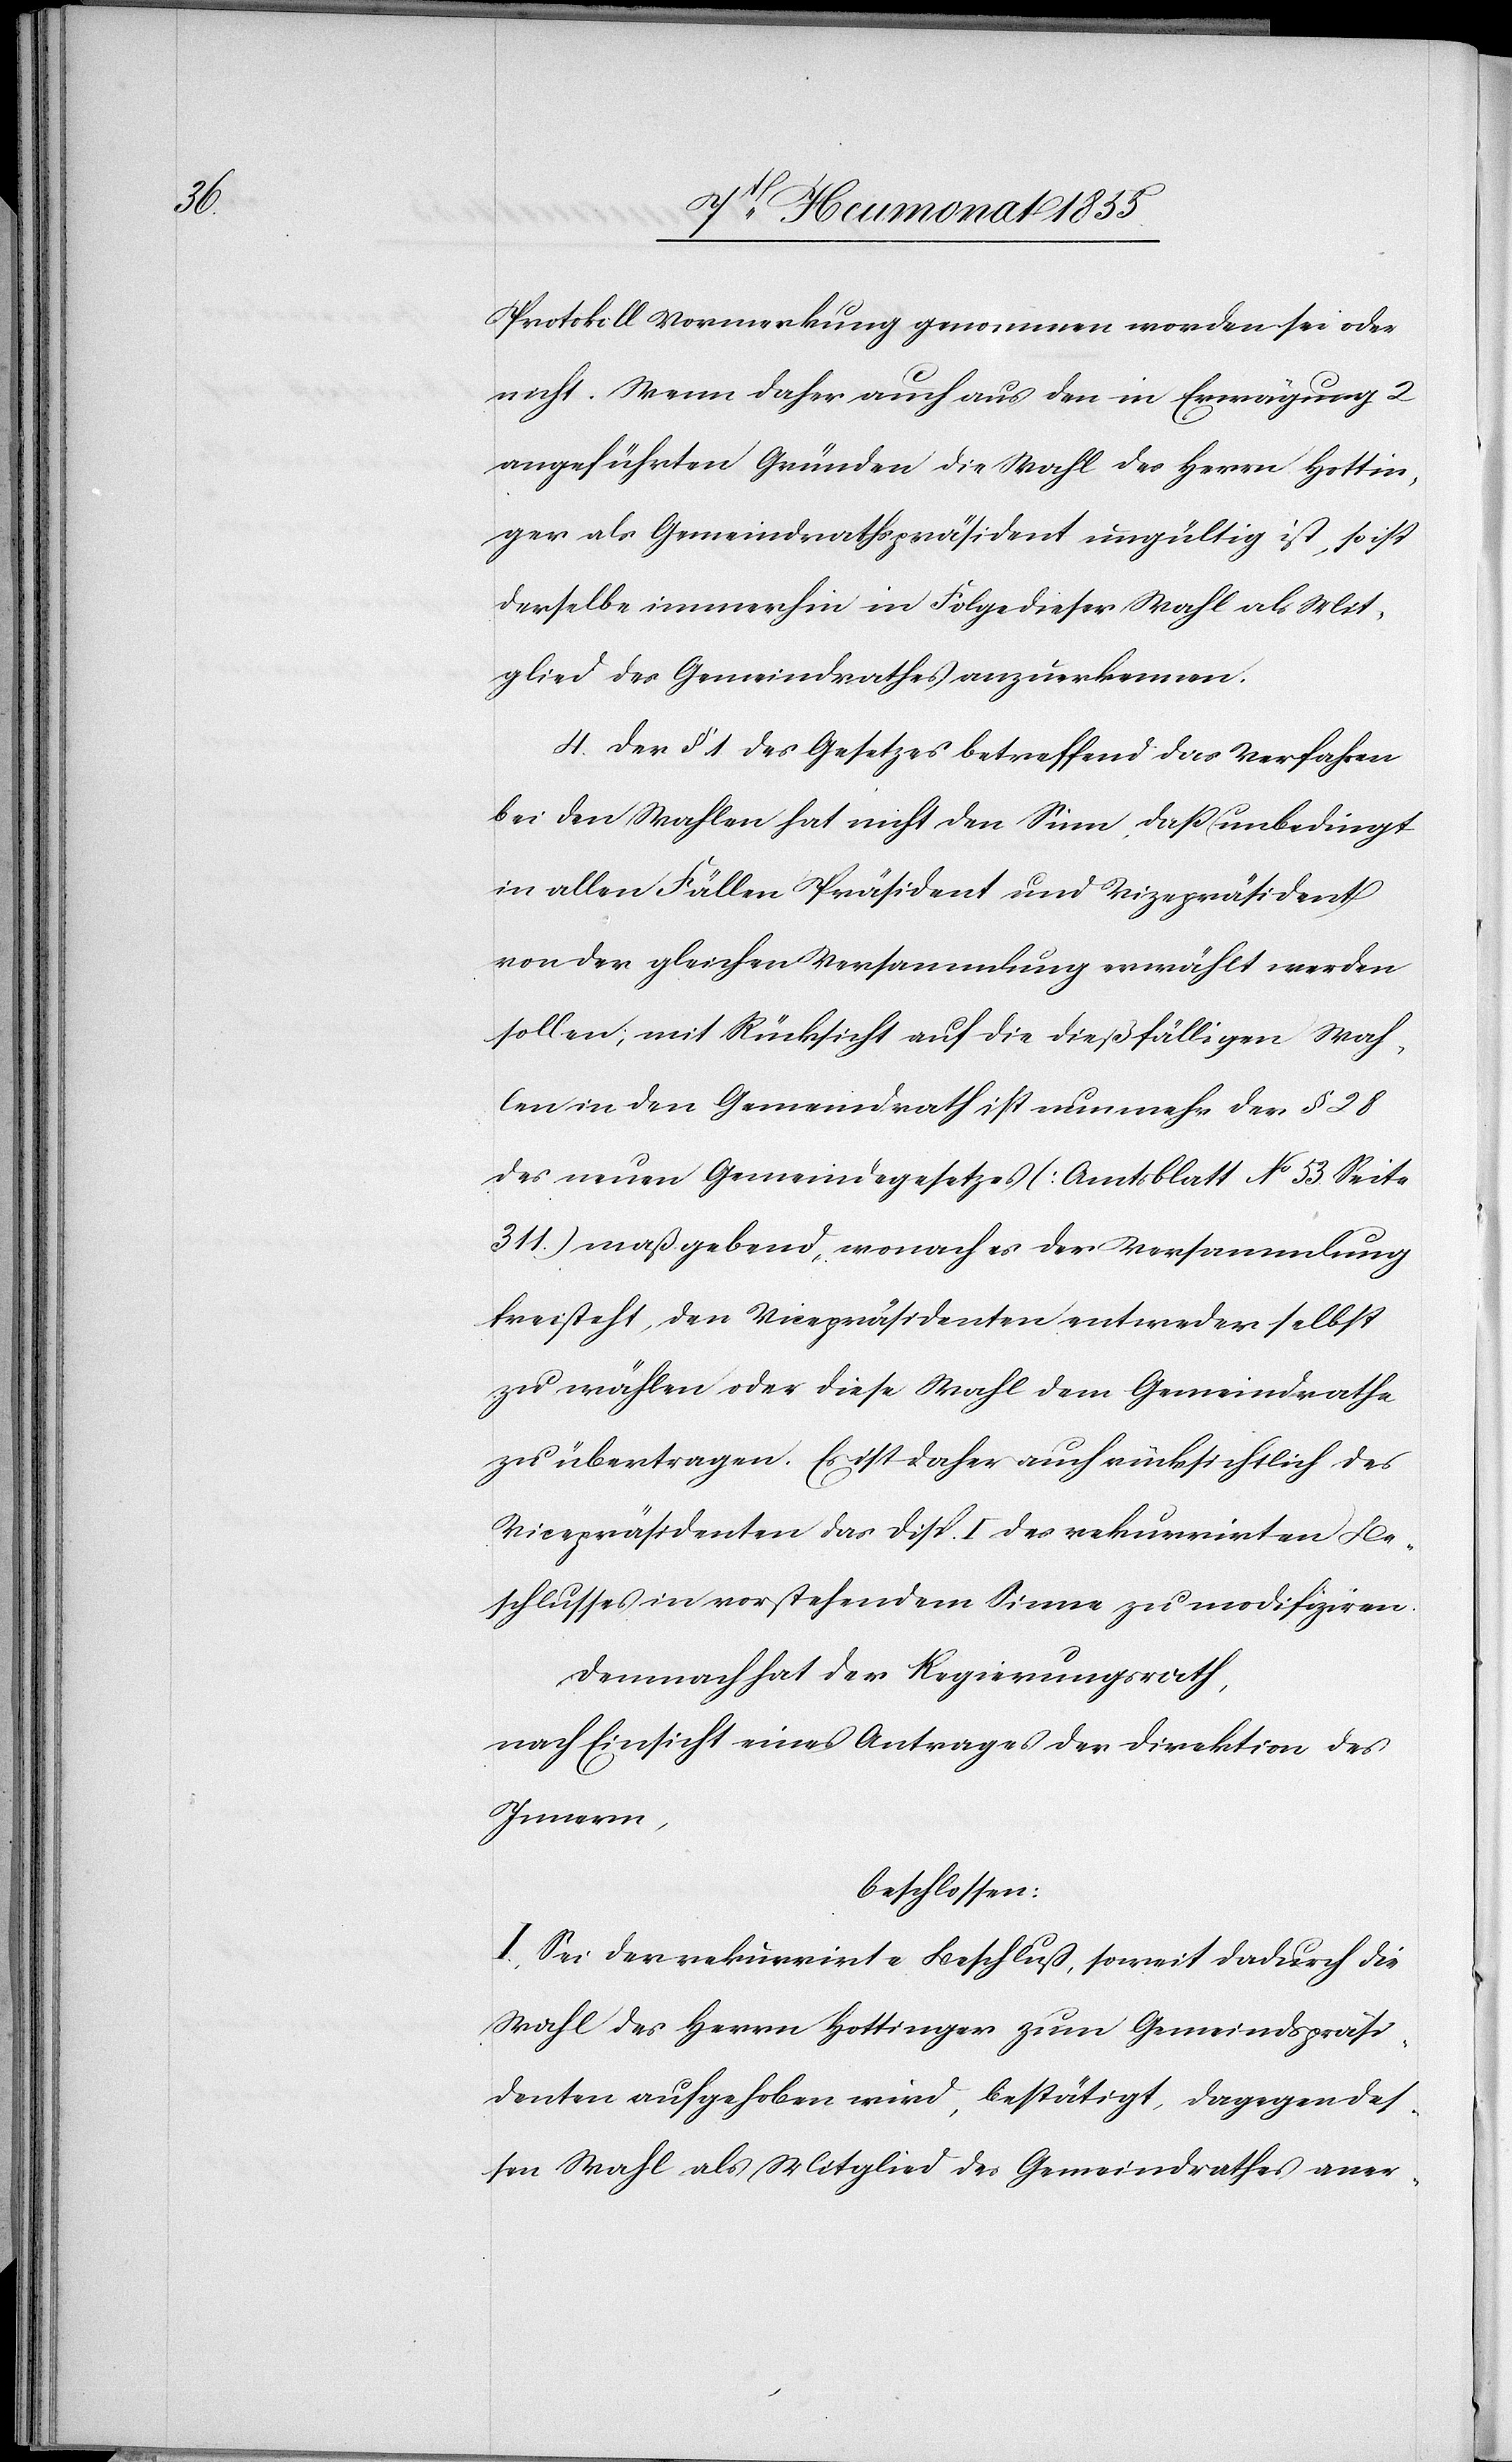
Protokoll Vormerkung genommen worden sei oder
nicht. Wenn daher auch aus den in Erwägung 2
angeführten Gründen die Wahl des Herrn Hottin¬
ger als Gemeindrathspräsident ungültig ist, so ist
derselbe immerhin in Folge dieser Wahl als Mit¬
glied des Gemeindrathes anzuerkennen.
4. Der § 1. des Gesetzes betreffend das Verfahren
bei den Wahlen hat nicht den Sinn, daß unbedingt
in allen Fällen Präsident und Vizepräsident
von der gleichen Versammlung erwählt werden
sollen; mit Rücksicht auf die dießfälligen Wah¬
len in den Gemeindrath ist nunmehr der § 28
des neuen Gemeindegesetzes (Amtsblatt No 53. Seite
311.) maßgebend, wonach es der Versammlung
freisteht, den Vicepräsidenten entweder selbst
zu wählen oder diese Wahl dem Gemeindrathe
zu übertragen. Es ist daher auch rücksichtlich des
Vicepräsidenten das Disp. I des rekurrirten Be¬
schlusses in vorstehendem Sinne zu modifiziren.
Demnach hat der Regierungsrath,
nach Einsicht eines Antrages der Direktion des
Innern,
beschlossen:
I, Sei der rekurrirte Beschluß, soweit dadurch die
Wahl des Herrn Hottinger zum Gemeindspräsi¬
denten aufgehoben wird, bestätigt, dagegen des¬
sen Wahl als Mitglied des Gemeindrathes aner-